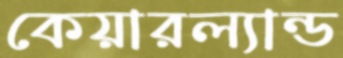
কেয়ারল্যান্ড